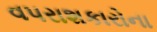
વપરાશકારોના